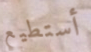
أستطيع